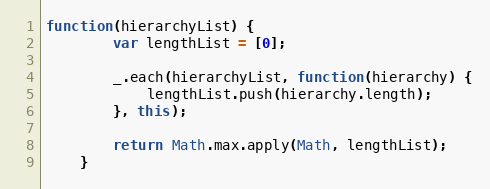
Language: JavaScript
function(hierarchyList) {
        var lengthList = [0];

        _.each(hierarchyList, function(hierarchy) {
            lengthList.push(hierarchy.length);
        }, this);

        return Math.max.apply(Math, lengthList);
    }